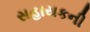
સહાયકની